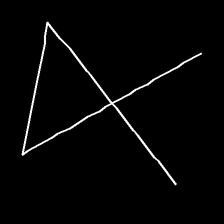
Glyph: collection